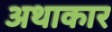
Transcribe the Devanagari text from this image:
अथाकार